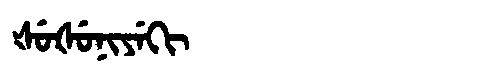
Manchu: ᡧᡠᡧᡠᠨᡳᠶᡝᡴᡳ
Romanization: ŠUŠUNIYEKI